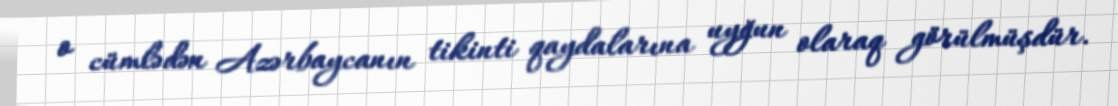
o cümlədən Azərbaycanın tikinti qaydalarına uyğun olaraq görülmüşdür.